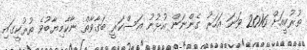
ތުރުކީއަށް 2016 ވަނަ އަހަރު ގެންނަން އުޅުނު އަސްކަރީ ބަގާވާތް ނާކާމިޔާބުވެ ތުރުކީގައި